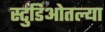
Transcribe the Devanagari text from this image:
स्टुडिओतल्या